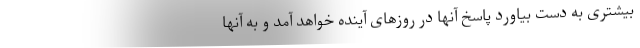
بیشتری به دست بیاورد پاسخ آنها در روزهای آینده خواهد آمد و به آنها